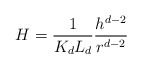
\begin{align*}H = \frac{1}{K_d L_d} \frac{h^{d-2}}{r^{d-2}}\end{align*}